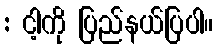
: ငါ့ကို ပြည်နယ်ပြပါ။